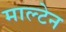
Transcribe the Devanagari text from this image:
माल्टेन